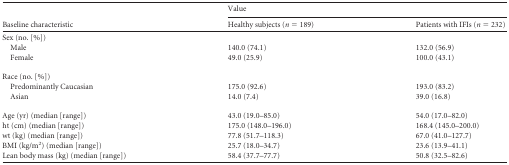
| <ROWSPAN=2> Baseline characteristic | <COLSPAN=2> Value |
 | Healthy subjects (n = 189) | Patients with IFIs (n = 232) |
 | --- | --- | --- |
 | Sex (no. [%]) |  |  |
 | Male | 140.0 (74.1) | 132.0 (56.9) |
 | Female | 49.0 (25.9) | 100.0 (43.1) |
 | Race (no. [%]) |  |  |
 | Predominantly Caucasian | 175.0 (92.6) | 193.0 (83.2) |
 | Asian | 14.0 (7.4) | 39.0 (16.8) |
 | Age (yr) (median [range]) | 43.0 (19.0–85.0) | 54.0 (17.0–82.0) |
 | ht (cm) (median [range]) | 175.0 (148.0–196.0) | 168.4 (145.0–200.0) |
 | wt (kg) (median [range]) | 77.8 (51.7–118.3) | 67.0 (41.0–127.7) |
 | BMI (kg/m2) (median [range]) | 25.7 (18.0–34.7) | 23.6 (13.9–41.1) |
 | Lean body mass (kg) (median [range]) | 58.4 (37.7–77.7) | 50.8 (32.5–82.6) |